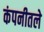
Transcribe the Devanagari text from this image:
कंपनीतले